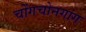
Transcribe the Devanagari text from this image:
चोंगचोनगांग